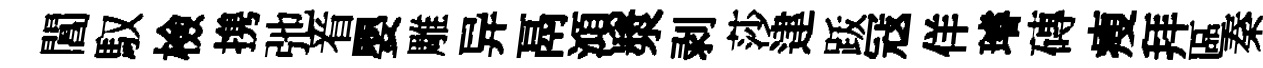
閶馭檢携弛㸔嬰雕异鬲澒漿剥莎䢖䟦冦佯璿磚瘦拜區秦